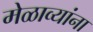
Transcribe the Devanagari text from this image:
मेळाव्यांना